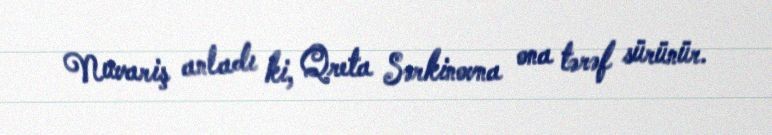
Nuvariş anladı ki, Qreta Sərkinovna ona tərəf sürünür.